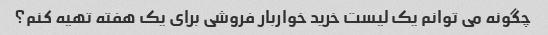
چگونه می توانم یک لیست خرید خواربار فروشی برای یک هفته تهیه کنم؟